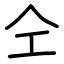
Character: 仝